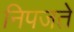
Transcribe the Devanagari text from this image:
निपजते